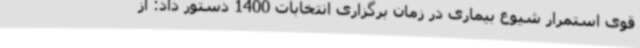
قوی استمرار شیوع بیماری در زمان برگزاری انتخابات 1400 دستور داد: از